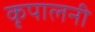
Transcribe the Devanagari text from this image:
कृपालनी